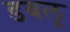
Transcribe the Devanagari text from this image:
डबलू